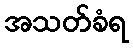
အသတ်ခံရ